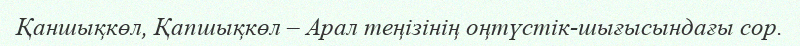
Қаншықкөл, Қапшықкөл – Арал теңізінің оңтүстік-шығысындағы сор.